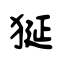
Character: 狿